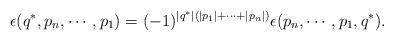
LaTeX: \begin{align*}\epsilon(q^*, p_{n},\cdots, p_1)=(-1)^{|q^*|(|p_1|+\cdots+|p_n|)}\epsilon(p_{n},\cdots, p_1,q^*).\end{align*}